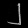
Digit: ၂